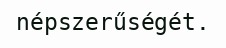
népszerűségét.